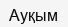
Ауқым